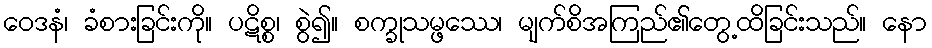
ဝေဒနံ၊ ခံစားခြင်းကို။ ပဋိစ္စ၊ စွဲ၍။ စက္ခုသမ္ဖဿေ၊ မျက်စိအကြည်၏တွေ့ထိခြင်းသည်။ နော